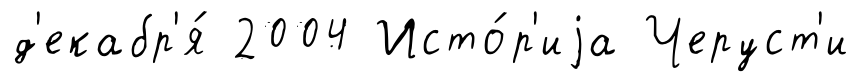
д'екабр'я́ 2004 Исто́р'иjа Черуст'и